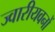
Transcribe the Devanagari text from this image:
ज्वारीयवनों